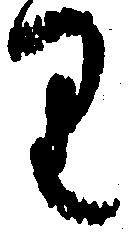
り